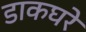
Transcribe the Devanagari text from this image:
डाकघरे